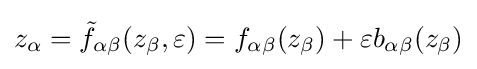
z_{\alpha }={\tilde {f}}_{\alpha \beta }(z_{\beta },\varepsilon )=f_{\alpha \beta }(z_{\beta })+\varepsilon b_{\alpha \beta }(z_{\beta })